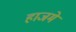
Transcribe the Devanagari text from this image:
हाजमे